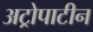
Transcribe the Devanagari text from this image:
अट्रोपाटीन